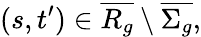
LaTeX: (s,t^{\prime})\in\overline{{R_{g}}}\setminus\overline{{\Sigma_{g}}},